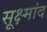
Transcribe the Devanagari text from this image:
सूक्ष्मांद